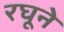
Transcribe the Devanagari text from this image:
रघूने